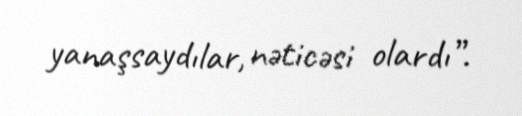
yanaşsaydılar, nəticəsi olardı”.